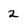
Character: 2